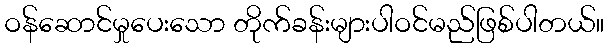
ဝန်ဆောင်မှုပေးသော တိုက်ခန်းများပါဝင်မည်ဖြစ်ပါတယ်။